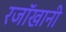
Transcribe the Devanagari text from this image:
रजॉखानी